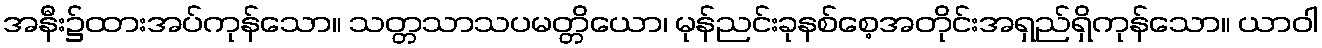
အနီး၌ထားအပ်ကုန်သော။ သတ္တသာသပမတ္တိယော၊ မုန်ညင်းခုနစ်စေ့အတိုင်းအရှည်ရှိကုန်သော။ ယာဝါ